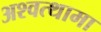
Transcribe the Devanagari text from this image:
अश्‍वत्थामा